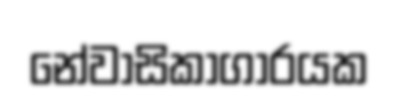
නේවාසිකාගාරයක